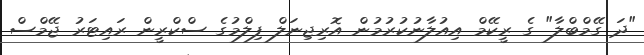
"ދަ ގޭމްބްލާ" ގެ ރީކޭމް އިއުލާނުކުރުމުން އޮރިޖިނަލް ފިލްމުގެ ސްކްރީން ރައިޓަރު ޖޭމްސް